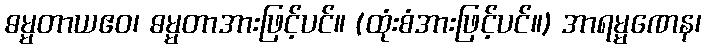
ဓမ္မတာယဧဝ၊ ဓမ္မတာအားဖြင့်ပင်။ (ထုံးစံအားဖြင့်ပင်။) အာရမ္မဏေန၊